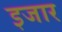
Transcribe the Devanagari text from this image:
इजार